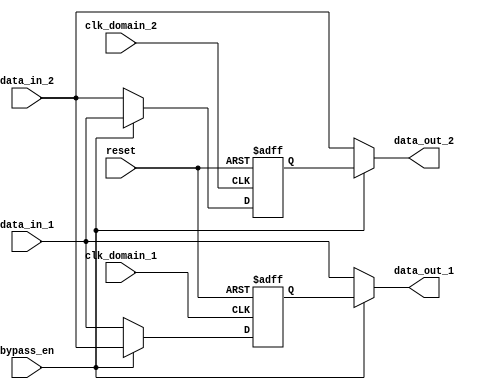
module bypass_register (
    input wire clk_domain_1,
    input wire clk_domain_2,
    input wire reset,
    input wire bypass_en,
    input wire [7:0] data_in_1,
    input wire [7:0] data_in_2,
    output reg [7:0] data_out_1,
    output reg [7:0] data_out_2
);

// Synchronization stages
reg [7:0] sync_data_1;
reg [7:0] sync_data_2;

// Bypass control logic
always @(posedge clk_domain_1 or posedge reset)
begin
    if (reset)
        sync_data_1 <= 8'b0;
    else if (bypass_en)
        sync_data_1 <= data_in_2;
    else
        sync_data_1 <= data_in_1;
end

always @(posedge clk_domain_2 or posedge reset)
begin
    if (reset)
        sync_data_2 <= 8'b0;
    else if (bypass_en)
        sync_data_2 <= data_in_1;
    else
        sync_data_2 <= data_in_2;
end

// Output data assignment
always @(*)
begin
    if (bypass_en)
    begin
        data_out_1 = sync_data_1;
        data_out_2 = sync_data_2;
    end
    else
    begin
        data_out_1 = data_in_1;
        data_out_2 = data_in_2;
    end
end

endmodule